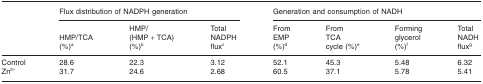
|  | <COLSPAN=3> Flux distribution of NADPH generation | <COLSPAN=4> Generation and consumption of NADH |
 |  | HMP/TCA (%)a | HMP/(HMP + TCA) (%)b | Total NADPH fluxc | From EMP (%)d | From TCA cycle (%)e | Forming glycerol (%)f | Total NADH fluxg |
 | --- | --- | --- | --- | --- | --- | --- | --- |
 | Control | 28.6 | 22.3 | 3.12 | 52.1 | 45.3 | 5.48 | 6.32 |
 | Zn2+ | 31.7 | 24.6 | 2.68 | 60.5 | 37.1 | 5.78 | 5.41 |